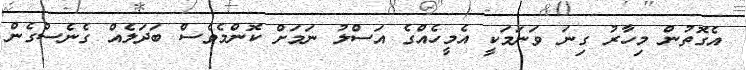
އެގޮތުން މިހާރު ގިނަ ވަނަމަކީ އެމީހެއްގެ އަސްލު ނަމަށް ކޮންމެވެސް ބަދަލެއް ގެނެސްގެން